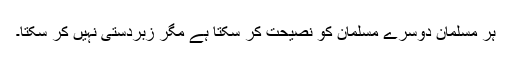
ہر مسلمان دوسرے مسلمان کو نصیحت کر سکتا ہے مگر زبردستی نہیں کر سکتا۔